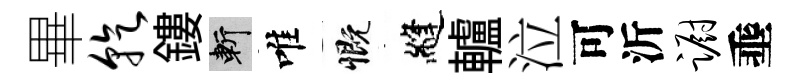
畢乾鏤斬唯慨縫轤泣可沂蹰埀